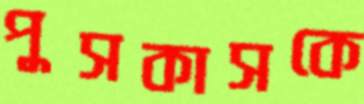
পুসকাসকে